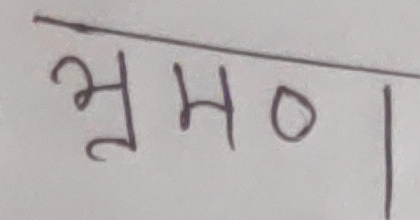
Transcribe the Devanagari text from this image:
भ्रमण